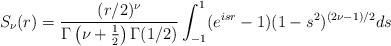
LaTeX: \begin{align*}S_{\nu}(r)=\frac{(r/2)^{\nu}}{\Gamma\left(\nu+\frac12\right)\Gamma(1/2)}\int_{-1}^{1}(e^{isr}-1)(1-s^2)^{(2\nu-1)/2}ds\end{align*}